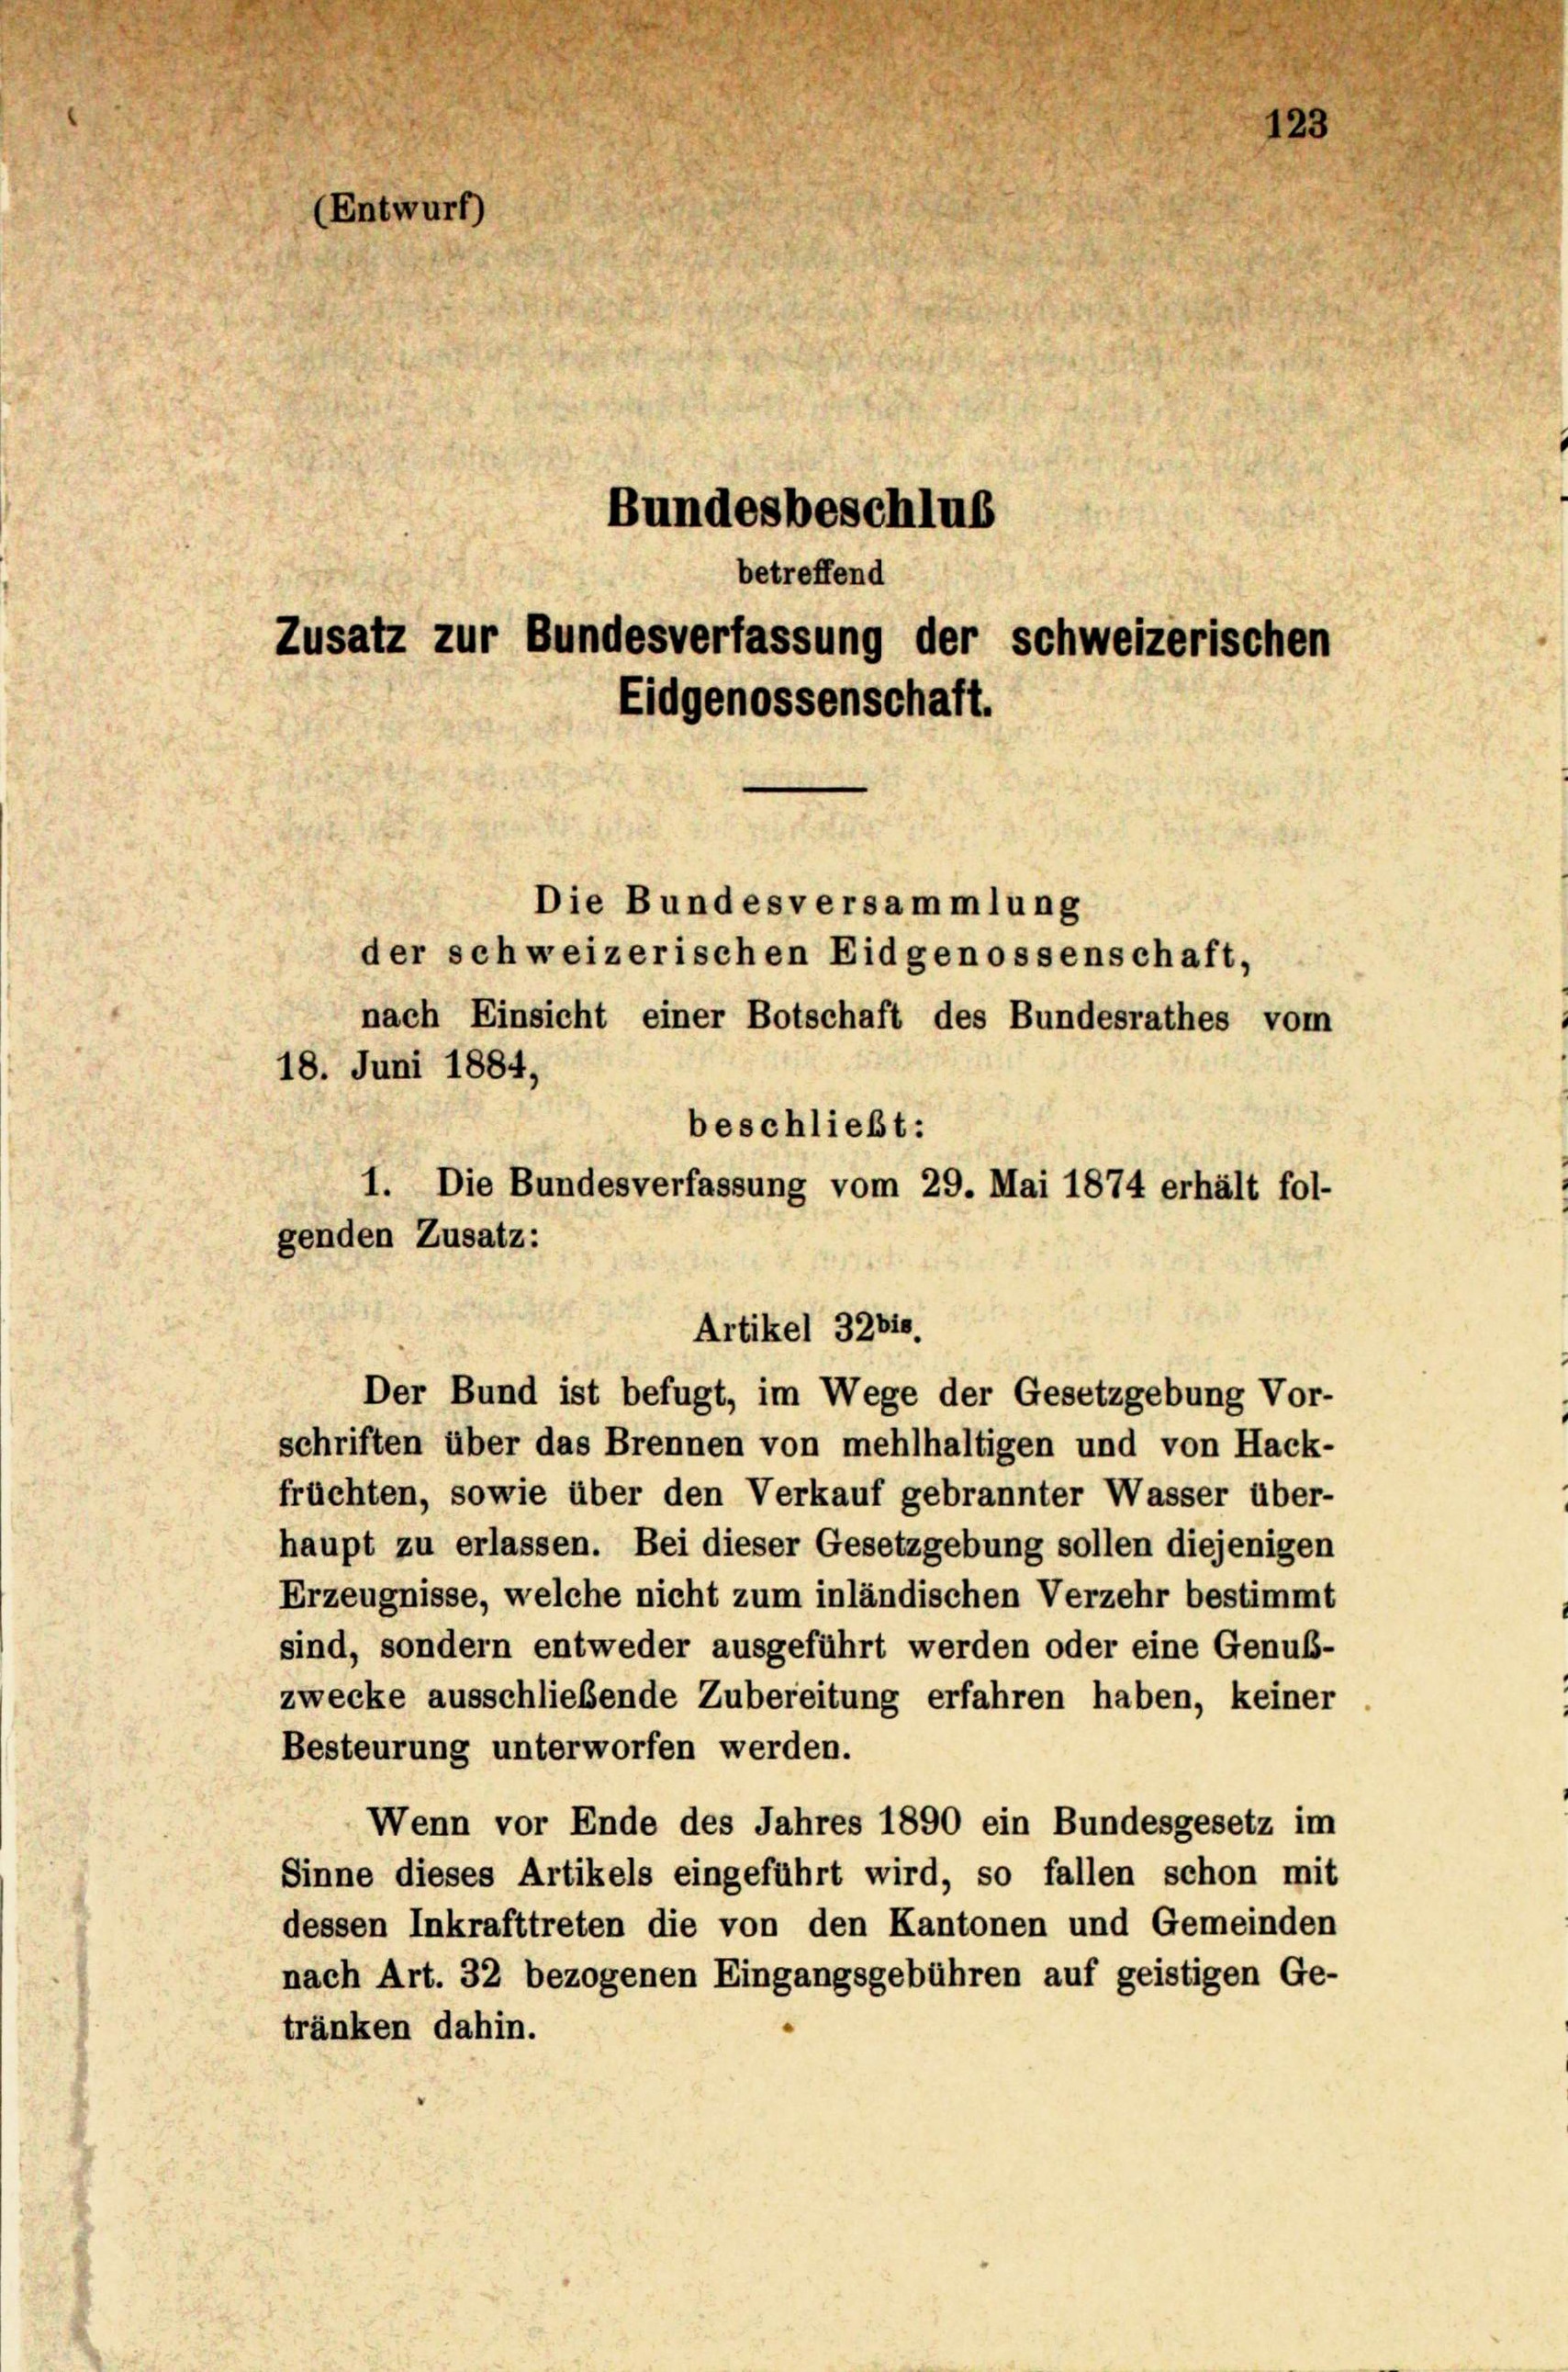
Die Bundesversammlung
der schweizerischen Eidgenossenschaft,
nach Einsicht einer Botschaft des Bundesrathes vom
18. Juni 1884,
beschließt:
1. Die Bundesverfassung vom 29. Mai 1874 erhält fol-
genden Zusatz:

(Entwurf)
Bundesbeschlus
betreffend

Eidgenossenschaft.

Zusatz zur Bundesverfassung der schweizerischen

schriften über das Brennen von mehlhaltigen und von Hack-
früchten, sowie über den Verkauf gebrannter Wasser über-
haupt zu erlassen. Bei dieser Gesetzgebung sollen diejenigen
Erzeugnisse, welche nicht zum inländischen Verzehr bestimmt
sind, sondern entweder ausgeführt werden oder eine Genuß-
zwecke ausschließende Zubereitung erfahren haben, keiner
Besteurung unterworfen werden.
Wenn vor Ende des Jahres 1890 ein Bundesgesetz im
Sinne dieses Artikels eingeführt wird, so fallen schon mit
dessen Inkrafttreten die von den Kantonen und Gemeinden
nach Art. 32 bezogenen Eingangsgebühren auf geistigen Ge-
tränken dahin.

Artikel 32810.
Der Bund ist befugt, im Wege der Gesetzgebung Vor-